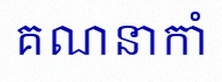
គណនាកាំ